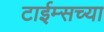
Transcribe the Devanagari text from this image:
टाईम्सच्या